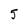
Character: 5